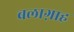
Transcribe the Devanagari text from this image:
बलाग़ाह